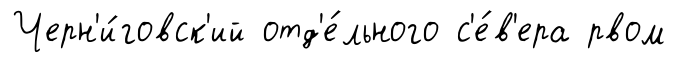
Черн'и́говск'ий отд'е́льного с'е́в'ера рвом